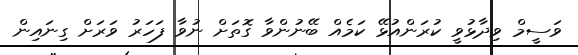
ވަސީމް ވިދާޅުވީ ކުރަންއުޅޭ ކަމެއް ބޭނުންވާ ގޮތަށް ނުވާ ފަހަރު ވަރަށް ގިނައިން